Civil Veterinary Dept. Bombay admin report 1914-1922 - 1914-1922
Year: 1914
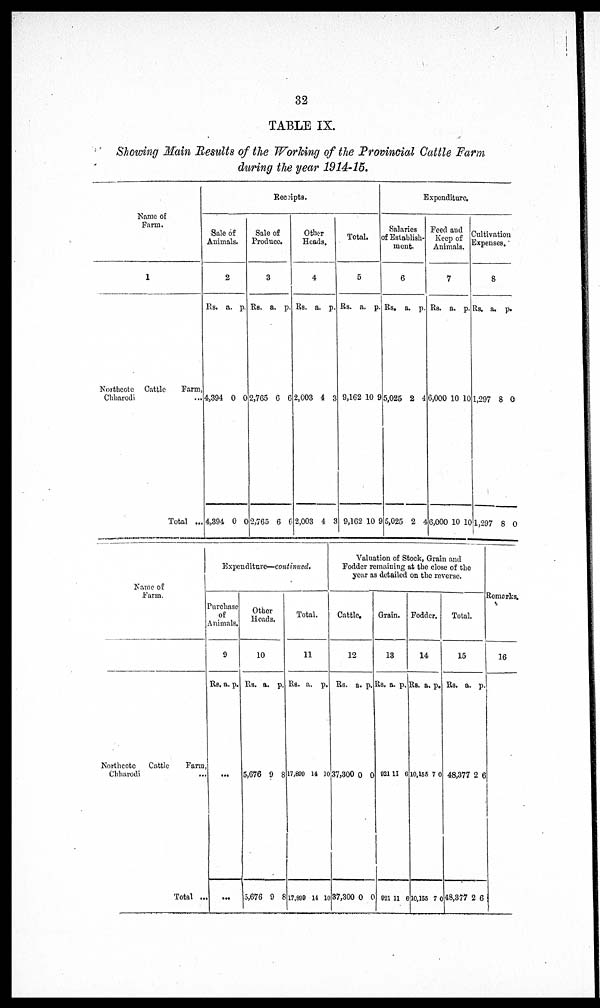
32
TABLE IX.
Showing Main Results of the Working of the Provincial Cattle Farm
during the year 1914-15.
Name of
Farm.
1
Northcote Cattle
Farm,
Chharodi ...
Total ...
Receipts.
Sale of
Animals.
2
Rs.
4,394
4,394
a.
0
0
p.
0
0
Sale of
Produce.
3
Rs.
2,765
2,765
a.
6
6
p
6
6
Other
Heads.
4
Rs.
2,003
2,003
a.
4
4
p.
3
3
Total.
5
Rs.
9,162
9,162
a.
10
10
p.
9
9
Expenditure.
Salaries
of Establish-
ment.
6
Rs.
5,025
5,025
a.
2
2
p.
4
4
Feed and
Keep of
Animals.
7
Rs.
6,000
6,000
a.
10
10
p.
10
10
Cultivation
Expenses.
8
Rs.
1,297
1,297
a.
8
8
p.
0
0
Name of
Farm.
Northcote Cattle
Farm,
Total ...
Expenditure-continued.
Purchase
of
Animals.
9
Rs. a. p.
...
...
Other
Heads.
10
Rs.
5,676
5,676
a.
9
9
p.
8
8
Total.
11
Rs.
17,800
17,880
a.
14
14
p.
10
10
Valuation of stock, Grain and
Fodder remaining at the close of the
year as detailed on the reverse.
Cattle.
12
Rs.
37,300
37,300
a.
0
0
p.
0
0
Grain.
13
Rs.
921
921
a.
11
11
p.
6
6
Fodder.
14
Rs.
10,155
10.155
a.
7
7
p.
0
0
Total.
15
Rs.
48,377
48,377
a.
2
2
p.
6
6
Remarks.
16